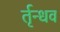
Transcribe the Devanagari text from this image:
र्तृन्धव